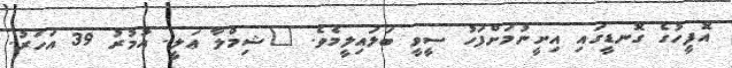
އޮފީހުގެ ގޮނޑީގައި އިށީނުމަށްފަހު ސީވީ ބަލައިލީމެވެ. "ޝިމްލާ ޢަލީ. އުމުރު 39 އަހަރު.